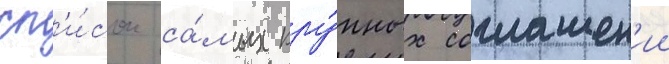
сп'и́сок са́мых кру́пных соглашен'ии